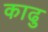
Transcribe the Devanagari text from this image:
काढु